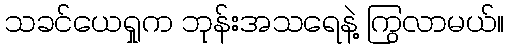
သခင်ယေရှုက ဘုန်းအသရေနဲ့ ကြွလာမယ်။